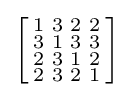
\left[{\begin{smallmatrix}1&3&2&2\\3&1&3&3\\2&3&1&2\\2&3&2&1\end{smallmatrix}}\right]